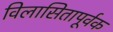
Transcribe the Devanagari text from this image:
विलासितापूर्वक